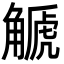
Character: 䚦